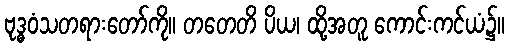
ဗုဒ္ဓဝံသတရားတော်ကို။ တတေတိ ပိယ၊ ထို့အတူ ကောင်းကင်ယံ၌။